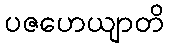
ပဇဟေယျာတိ